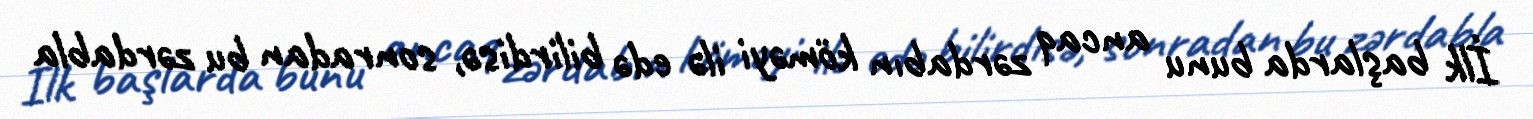
İlk başlarda bunu ancaq zərdabın köməyi ilə edə bilirdisə, sonradan bu zərdabla